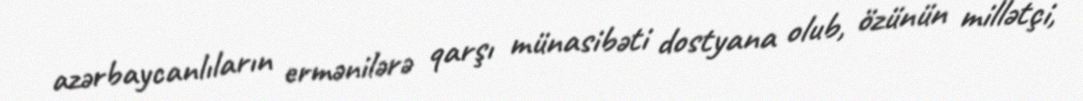
azərbaycanlıların ermənilərə qarşı münasibəti dostyana olub, özünün millətçi,